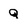
Character: Q